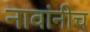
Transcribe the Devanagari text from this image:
नावांनीच